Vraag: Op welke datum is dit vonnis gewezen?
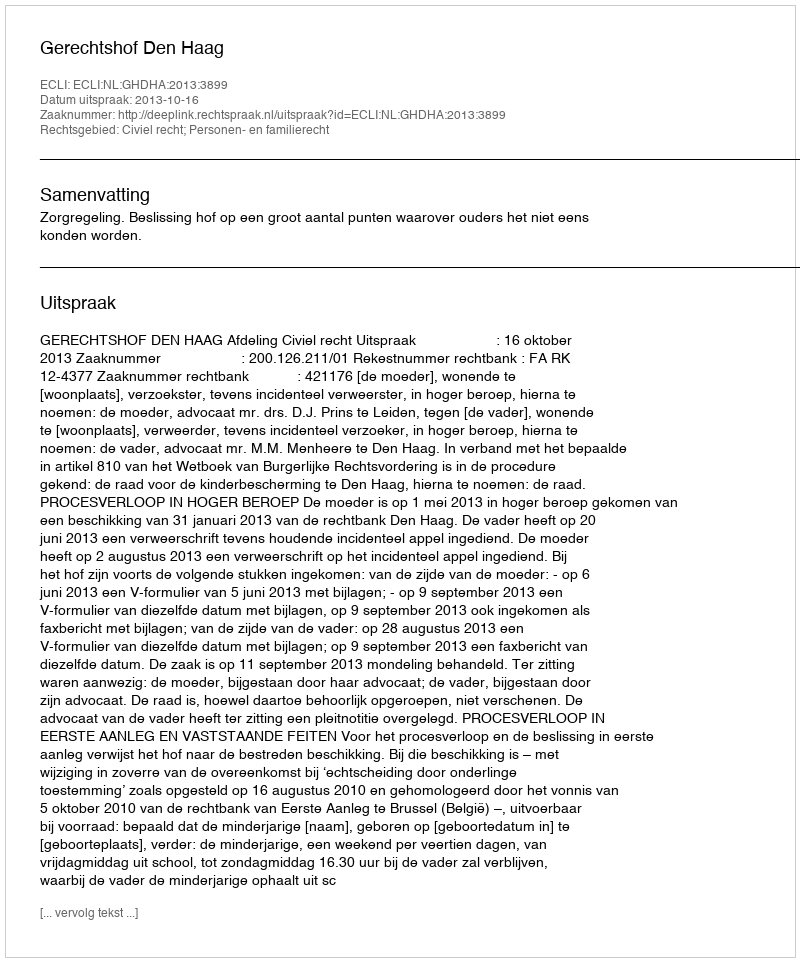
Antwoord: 2013-10-16